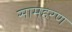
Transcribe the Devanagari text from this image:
सामहरण